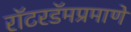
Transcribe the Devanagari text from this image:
रॉटरडॅमप्रमाणे